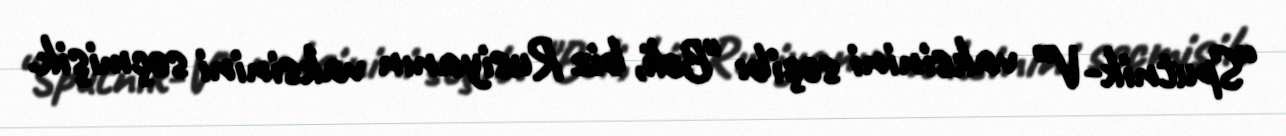
“Sputnik-V” vaksinini seçib: "Bəli, biz Rusiyanın vaksinini seçmişik.